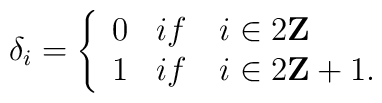
\delta_{i}=      \left\{            \begin{array}{ll}            0 & if \quad i \in 2{\bf Z } \\            1 & if \quad i \in 2{\bf Z }+1 .             \end{array}    \right.